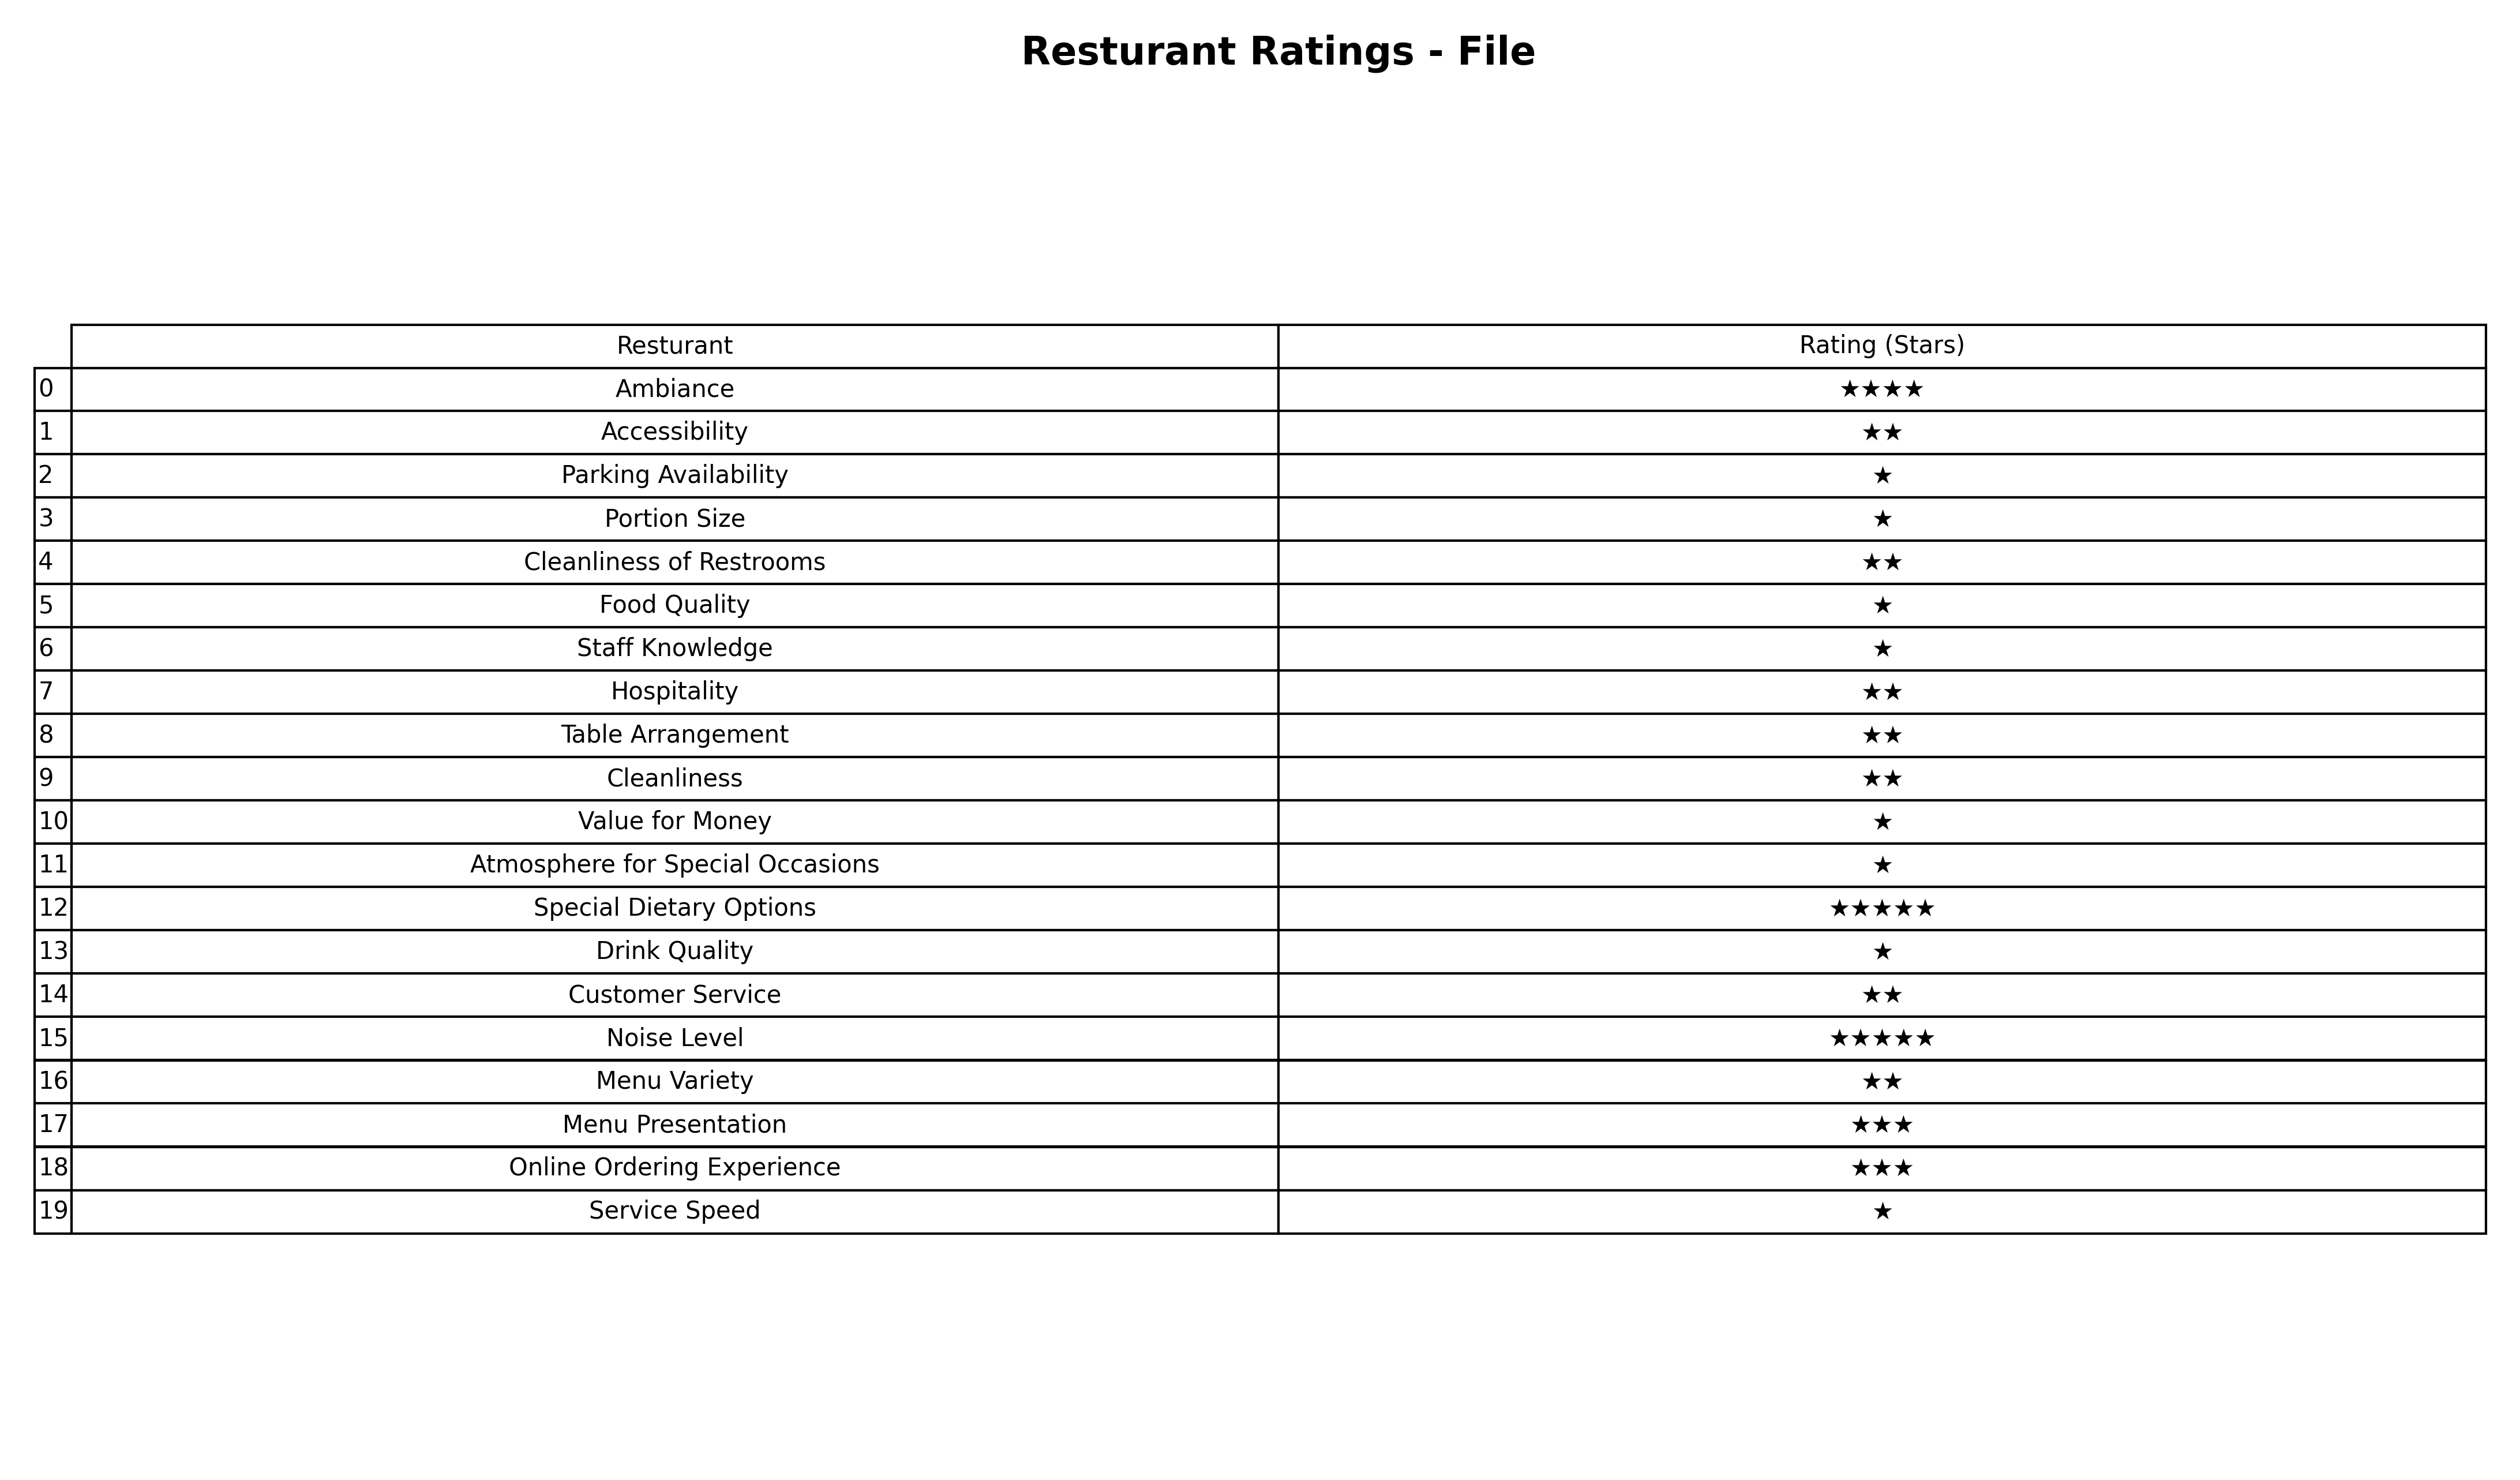
question: What are highest rating services?
answer: Parking AvailabilityPortion SizeFood QualityStaff KnowledgeValue for MoneyAtmosphere for Special OccasionsDrink QualityService Speed